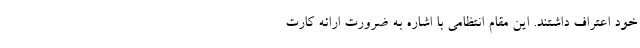
خود اعتراف داشتند. این مقام انتظامی با اشاره به ضرورت ارائه کارت